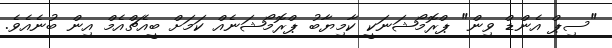
"ސިޕް އެންޑް ވިން" ޕްރޮމޯޝަނަކީ ކާމިޔާބު ޕްރޮމޯޝަނެއް ކަމަށް ބީއެޗްއެމް އިން ބުނެއެވެ.